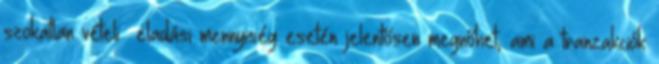
szokatlan vételi eladási mennyiség esetén jelentősen megnőhet, ami a tranzakciók